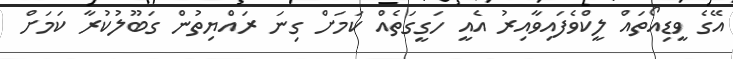
އޭގެ ވީޑިއޯތައް ލީކްވެފައިވާއިރު އެއީ ހަގީގަތެއް ކަމަށް ގިނަ ރައްޔިތުން ގަބޫލުކުރާ ކަމަށް